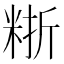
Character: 𥺈